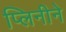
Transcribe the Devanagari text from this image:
प्लिनीने